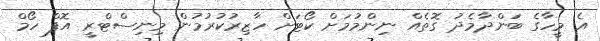
އެ މީހާގެ ބަންދާމެދު ގޮތެއް ނިންމުމަށް ކޯޓަށް ހާޒިރުކުރުމުން މިނިސްޓްރީ އޮފް ހޯމް